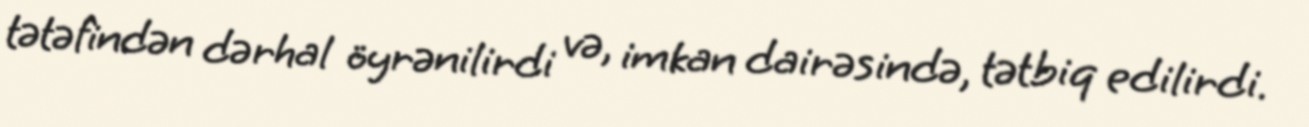
tətəfindən dərhal öyrənilirdi və, imkan dairəsində, tətbiq edilirdi.